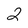
Character: 2